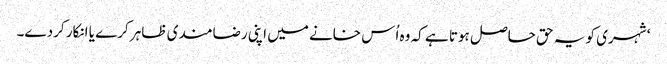
‘ شہری کو یہ حق حاصل ہوتا ہے کہ وہ اُس خانے میں اپنی رضامندی ظاہر کرے یا انکار کردے۔